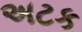
અટક